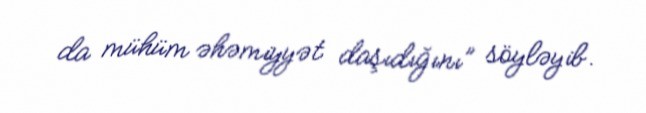
da mühüm əhəmiyyət daşıdığını” söyləyib.